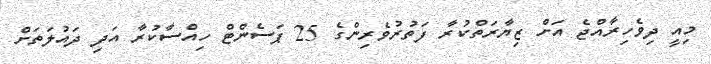
މިއީ ދިވެހިރާއްޖެ އަށް ޒިޔާރަތްކުރާ ފަތުރުވެރިންގެ 25 ޕަސެންޓް ހިއްސާކުރާ އަދި ދައުލަތަށް